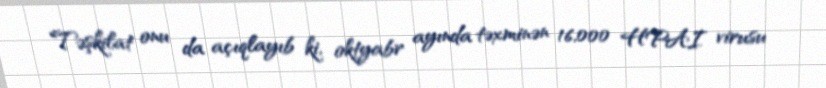
Təşkilat onu da açıqlayıb ki, oktyabr ayında təxminən 16,000 HPAI virusu